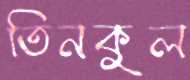
তিনকুল